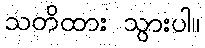
သတိထား သွားပါ။